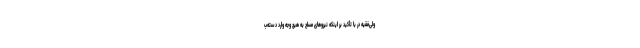
ولی‌فقیه در با تأکید بر اینکه نیروهای مسلح به هیچ وجه وارد دسته‌ب